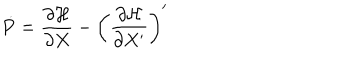
\dot { P } = \frac { \partial { \cal H } } { \partial X } - \left( \frac { \partial { \cal H } } { \partial X ^ { \prime } } \right) ^ { \prime }